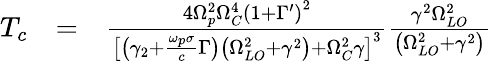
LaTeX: \begin{array}{rlr}{T_{c}}&{=}&{\frac{4\Omega_{p}^{2}\Omega_{C}^{4}\left(1+\Gamma^{\prime}\right)^{2}}{\left[\left(\gamma_{2}+\frac{\omega_{p}\sigma}{c}\Gamma\right)\left(\Omega_{LO}^{2}+\gamma^{2}\right)+\Omega_{C}^{2}\gamma\right]^{3}}\frac{\gamma^{2}\Omega_{LO}^{2}}{\left(\Omega_{LO}^{2}+\gamma^{2}\right)}}\end{array}